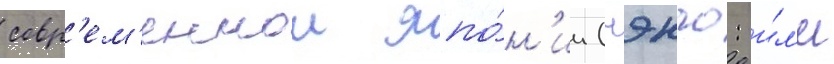
совр'ем'еннои япо́н'ии (нэнго: и́л'и